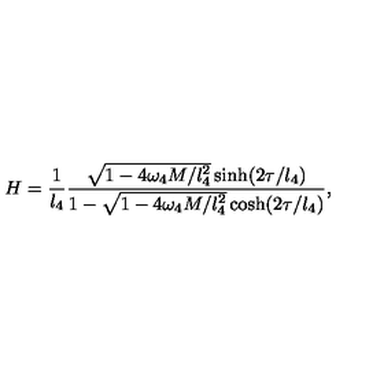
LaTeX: H = \frac { 1 } { l _ { 4 } } \frac { \sqrt { 1 - 4 \omega _ { 4 } M / l _ { 4 } ^ { 2 } } \sinh ( 2 \tau / l _ { 4 } ) } { 1 - \sqrt { 1 - 4 \omega _ { 4 } M / l _ { 4 } ^ { 2 } } \cosh ( 2 \tau / l _ { 4 } ) } ,